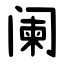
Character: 阑